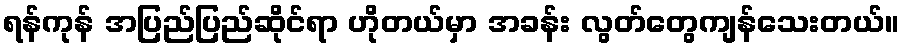
ရန်ကုန် အပြည်ပြည်ဆိုင်ရာ ဟိုတယ်မှာ အခန်း လွတ်တွေကျန်သေးတယ်။